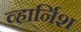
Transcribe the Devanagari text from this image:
व्हार्निश